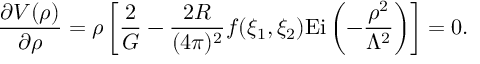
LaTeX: \frac { \partial V ( \rho ) } { \partial \rho } = \rho \left[ \frac { 2 } { G } - \frac { 2 R } { ( 4 \pi ) ^ { 2 } } f ( \xi _ { 1 } , \xi _ { 2 } ) \mathrm { E i } \left( - \frac { \rho ^ { 2 } } { \Lambda ^ { 2 } } \right) \right] = 0 .